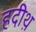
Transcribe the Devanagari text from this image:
हदीथ़